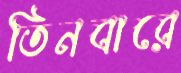
তিনবারে